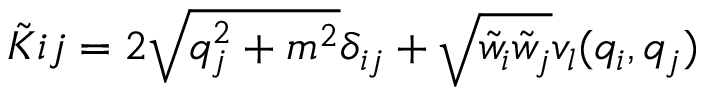
\tilde { K } { i j } = 2 \sqrt { q _ { j } ^ { 2 } + m ^ { 2 } } \delta _ { i j } + \sqrt { \tilde { w } _ { i } \tilde { w } _ { j } } v _ { l } ( q _ { i } , q _ { j } )